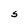
Character: S